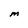
Character: M